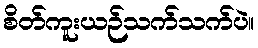
စိတ်ကူးယဉ်သက်သက်ပဲ။